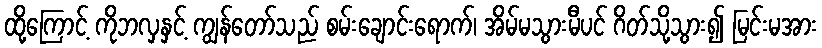
ထို့ကြောင့် ကိုဘလှနှင့် ကျွန်တော်သည် စမ်းချောင်းရောက်၊ အိမ်မသွားမီပင် ဂိတ်သို့သွား၍ မြင်းမအား